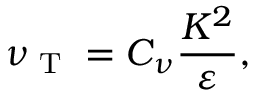
\nu _ { \textrm { T } } = C _ { \nu } \frac { K ^ { 2 } } { \varepsilon } ,